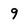
Character: 9